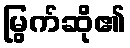
မြွက်ဆို၏